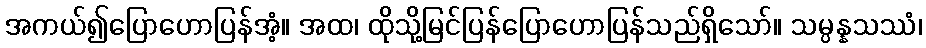
အကယ်၍ပြောဟောပြန်အံ့။ အထ၊ ထိုသို့မြင်ပြန်ပြောဟောပြန်သည်ရှိသော်။ သမ္ပန္နသဿံ၊